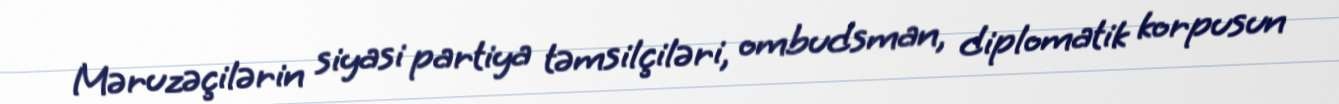
Məruzəçilərin siyasi partiya təmsilçiləri, ombudsman, diplomatik korpusun